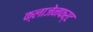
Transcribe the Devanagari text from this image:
क्लाजेनफर्ट